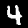
Label: 4